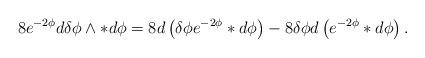
LaTeX: \begin{align*}8e^{-2\phi}d\delta\phi\wedge*d\phi&=8d\left(\delta\phi e^{-2\phi}*d\phi\right)-8\delta\phi d\left(e^{-2\phi}*d\phi\right).\end{align*}